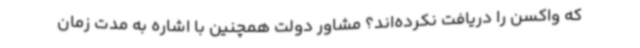
که واکسن را دریافت نکرده‌اند؟ مشاور دولت همچنین با اشاره به مدت زمان